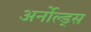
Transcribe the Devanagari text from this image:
अर्नोल्ड्स